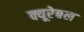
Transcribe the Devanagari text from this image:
क्यूरेबल